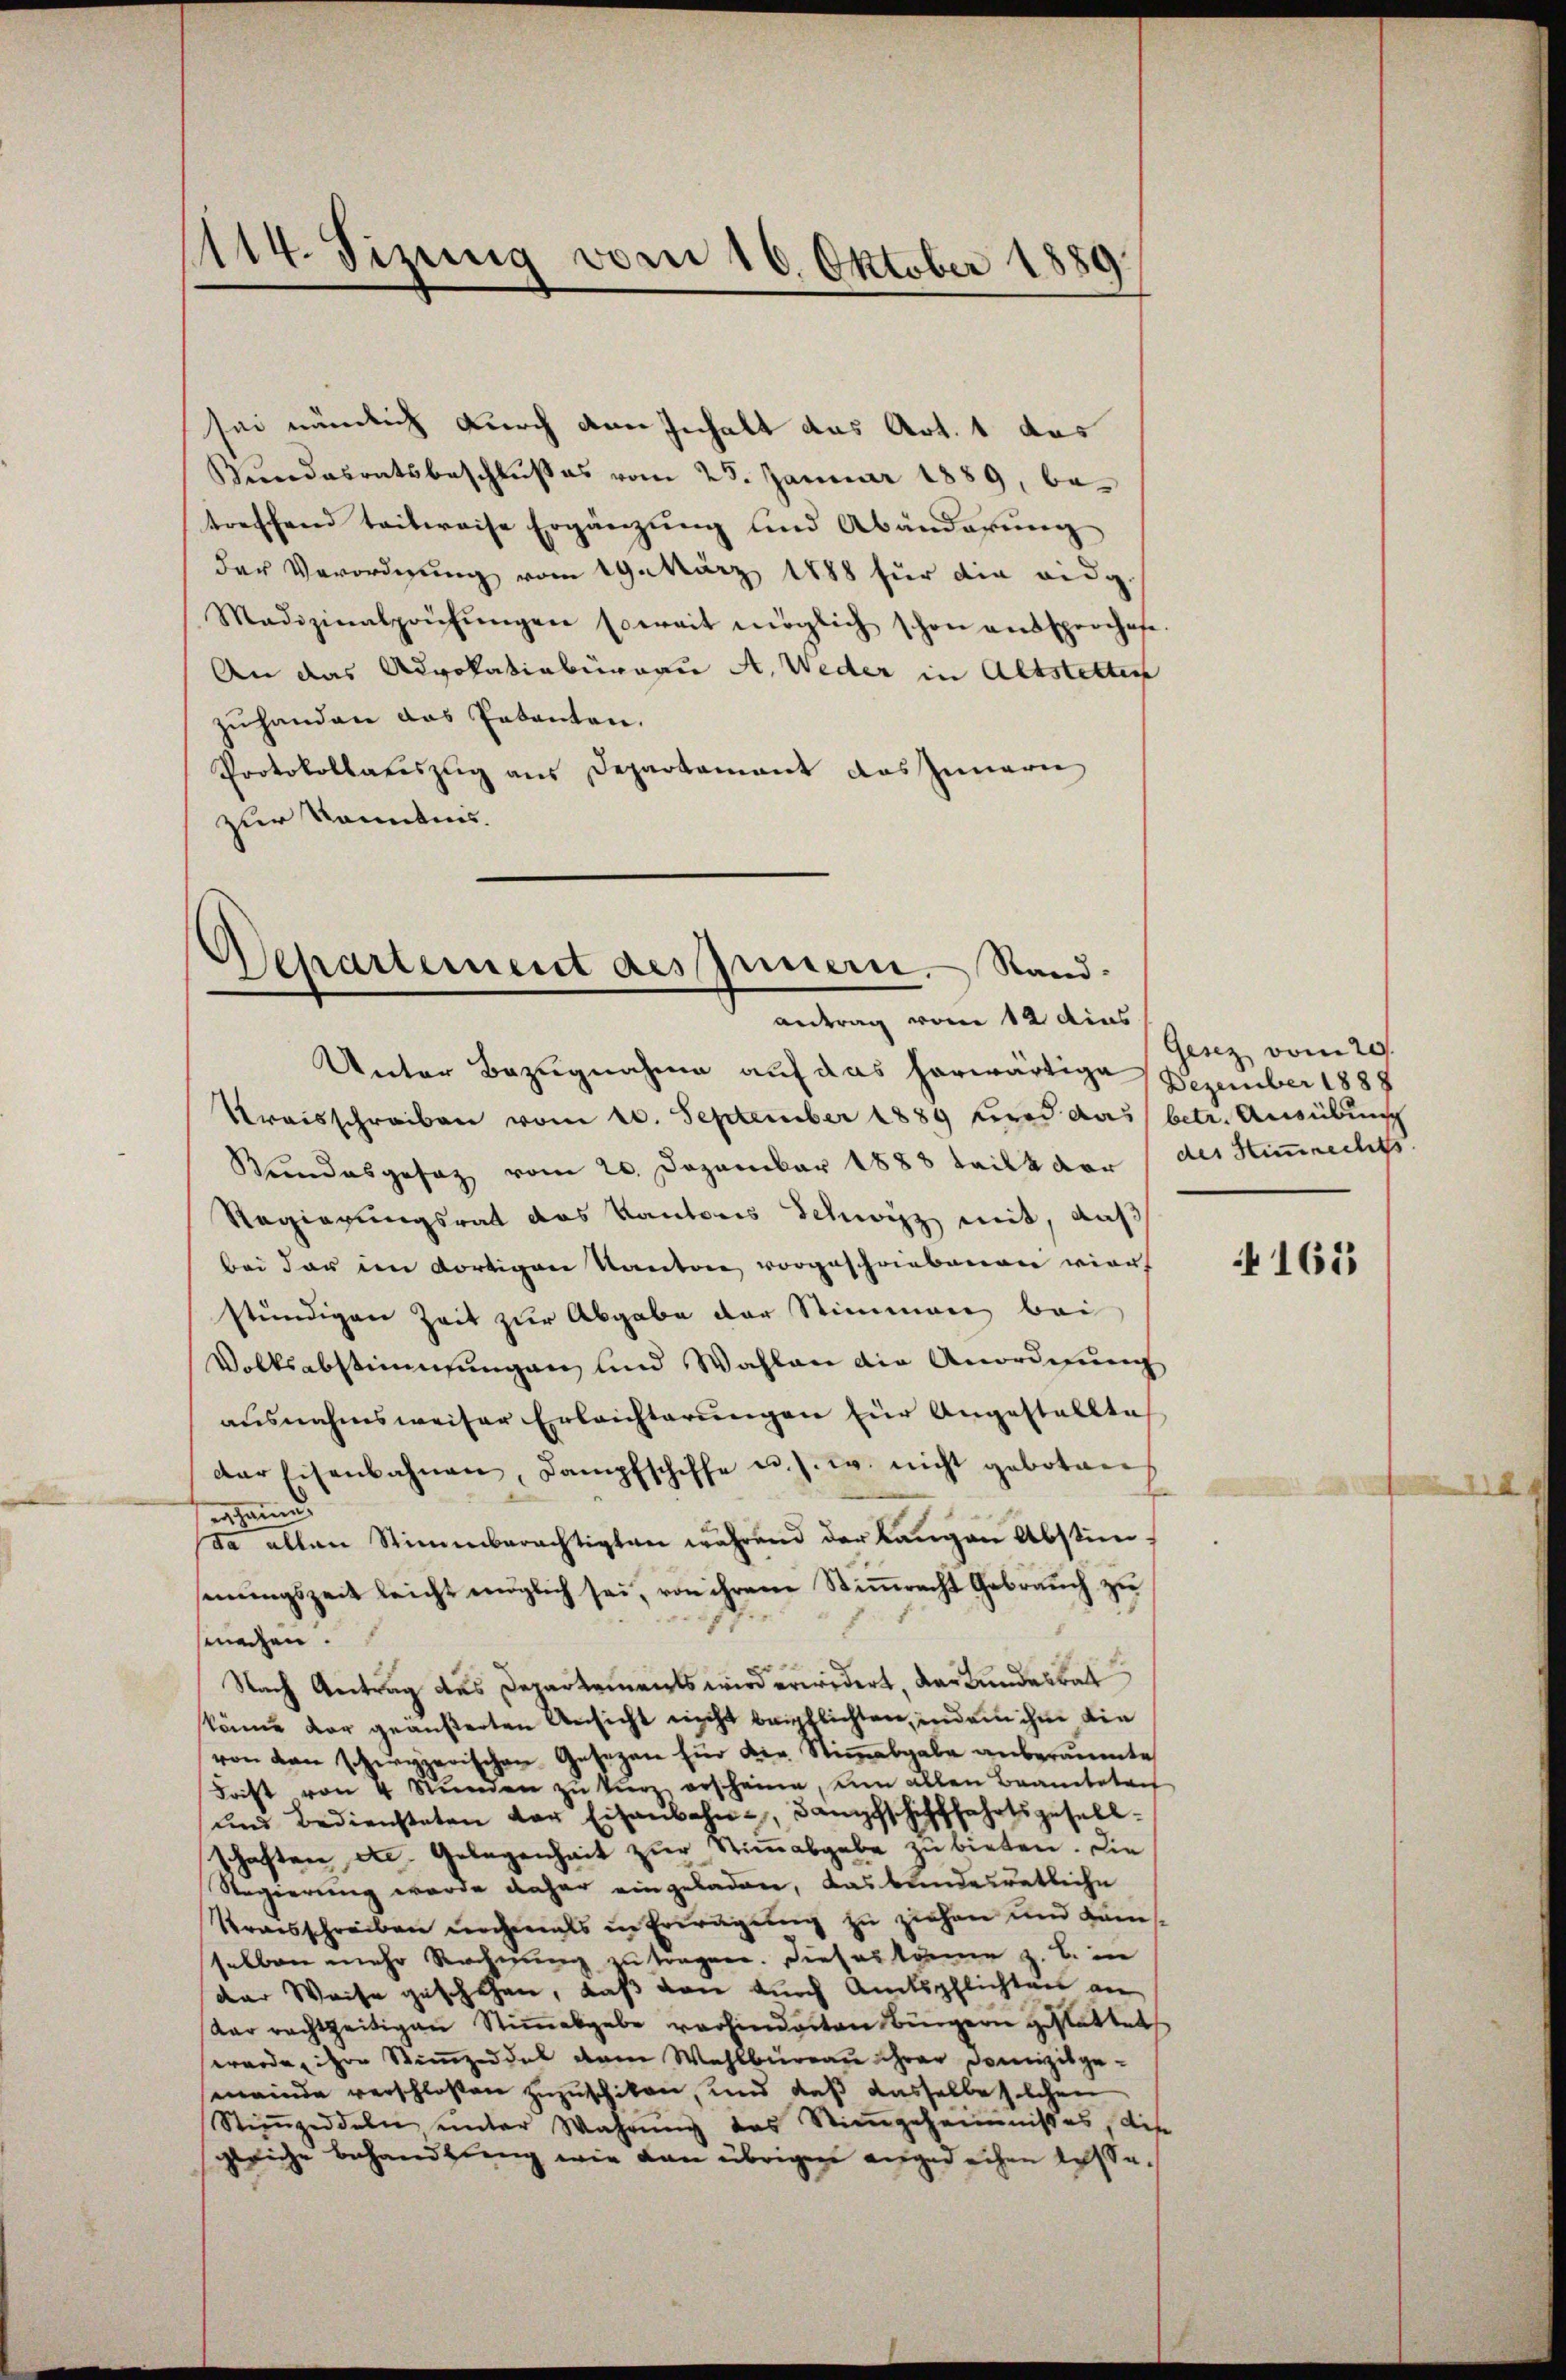
sei nämlich durch den Inhalt das Art. 1 das
Bundesratsbeschlußes vom 25. Januar 1889, betreffend teilweise Ergänzung und Abänderung
der Verordnung vom 19. März 1888 für die eidg.
Madizinalprüfŭngen soweit möglich schon aŭssperchete.
An das Advokatiobureau A. Weder in Altstetten
zuhanden das Patenten.
Protokollateszug aus Departamant das Innern
zur konnten.

1114. Sizung vom 16. Oktober 1889.

Separtement des Innern. Stand.
antrag vom 12 dies

Unter Bezugnahme auf das herwärtige Dezember 1887
Preisschreiben vom 20. September 1889 wird das betr. Ausübung
Bundesgesetz vom 20. Dezember 1888 tailkaar, des Stimmrechts
Regierungsrat das Kantons Schwyz mit, auf
bei der im dortigen Kantone vorgeschriebenen vier
stündigen Zeit zur Abgabe der Stimmung bei
Volksabstimmungen und Wahlen die Anordnung
ausnahmsweiser Erleichterungen für Angestellte
der Eisenbahnen, Dampfschiffe u. s. w. nicht geboten
erhau
da allen Stimmberächtigten während der Langen Abstimmungszeit leicht möglich sei, von ihrem Stimmrecht Gebrauch zu
smachen.
e
Nach Antrag des Departements wird erwidert, der Bundesbat
könne vor geäußerten Ansicht nicht beipflichten, indem ihm die
von von schwyzerischen Gesezen für der Stimmabgabe anberaumte
Frist von 4 Stŭnden zŭ kŭrz erscheine, um allen Beamtetref
und Bediensteten der Eisenbahn, dampfschifffahrtsgesell-
schaften etc. Gelegenheit zur Stimmabgabe zu bieten. Die
Regierung wurde daher eingeladen, das bundesräthliche
Kraisschreiben nochmals in Erwägung zu ziehen und Kämselben mehr Rechnung zu tragen. Dieses könne z. B. in
der Weise geschehen, daß von durch Amtspflichtnis an
Aarrachtzeitigen Stimmesgabe vorhinderten Bürgern gestattet
werde, ihre Stimmzeddel dem Wahlbüreau ihrer Domizilgemeinde verschloßen zuzuschikon, und daß dasselbe solchen
Stimmzeddeln unter Wahrŭng des Stimgeheimnißes, diese
gleiche Behandlung wie dan übrigen angedachen lasse¬

Gesez vom 20.

165